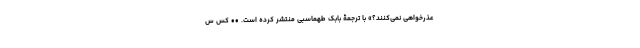
عذرخواهی نمی‌کنند؟» با ترجمۀ بابک طهماسبی منتشر کرده است. •• کس س